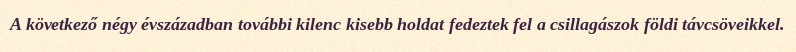
A következő négy évszázadban további kilenc kisebb holdat fedeztek fel a csillagászok földi távcsöveikkel.